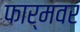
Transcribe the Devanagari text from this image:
फार्मवर